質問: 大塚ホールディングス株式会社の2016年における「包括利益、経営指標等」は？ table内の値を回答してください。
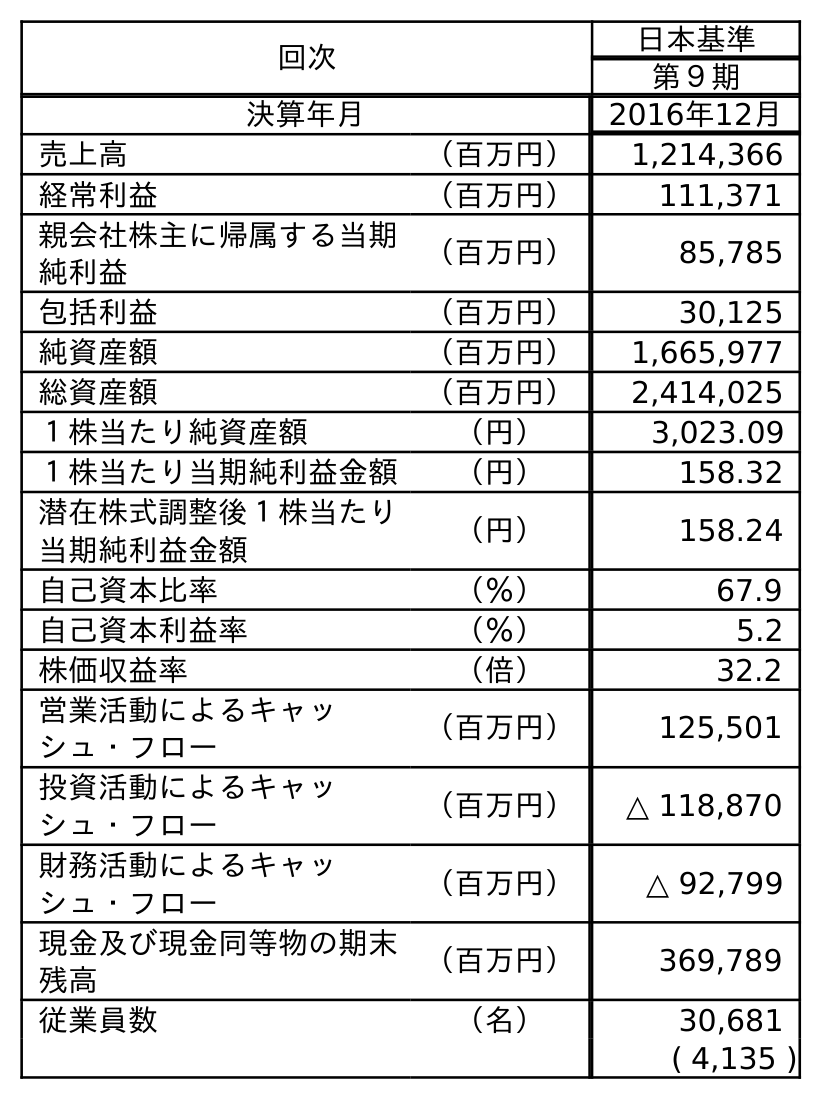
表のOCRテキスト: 回次 日本基準 第９期 決算年月 2016年12月 売上高 （百万円） 1,214,366 経常利益 （百万円） 111,371 親会社株主に帰属する当期 純利益 （百万円） 85,785 包括利益 （百万円） 30,125 純資産額 （百万円） 1,665,977 総資産額 （百万円） 2,414,025 １株当たり純資産額 （円） 3,023.09 １株当たり当期純利益金額 （円） 158.32 潜在株式調整後１株当たり 当期純利益金額 （円） 158.24 自己資本比率 （％） 67.9 自己資本利益率 （％） 5.2 株価収益率 （倍） 32.2 営業活動によるキャッ シュ・フロー （百万円） 125,501 投資活動によるキャッ シュ・フロー （百万円） △ 118,870 財務活動によるキャッ シュ・フロー （百万円） △ 92,799 現金及び現金同等物の期末 残高 （百万円） 369,789 従業員数 （名） 30,681 ( 4,135 )
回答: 30,125